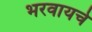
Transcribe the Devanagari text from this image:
भरवायचे